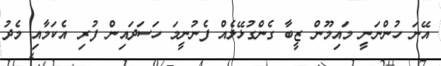
އޭނަ ހުންނަނީ މައިމޫން ޒީބާ ގެންގުޅޭލެއް ފެނުނީމަ ހަސަދައިން ފުރި އެކަމާއި މެދު